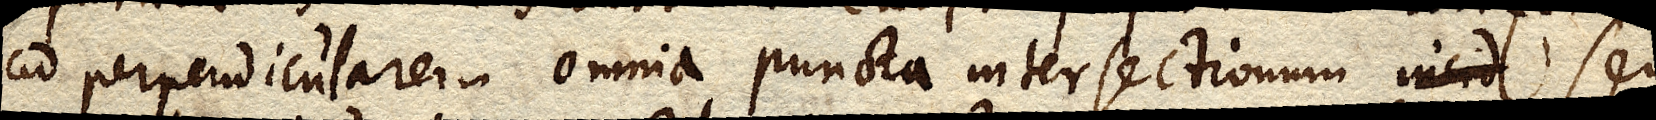
ad perpendicularem omnia puncta intersectionum incid seu